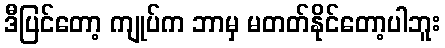
ဒီပြင်တော့ ကျုပ်က ဘာမှ မတတ်နိုင်တော့ပါဘူး